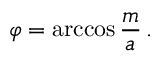
\varphi = \operatorname { a r c c o s } \frac { m } { a } \, .